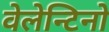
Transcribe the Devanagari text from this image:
वेलेन्टिनो